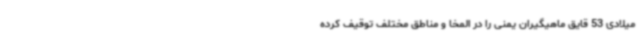
میلادی 53 قایق ماهیگیران یمنی را در المخا و مناطق مختلف توقیف کرده